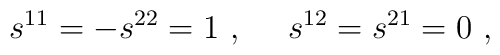
s^{11} = - s^{22} = 1~,~~~~s^{12}=s^{21}=0 ~,